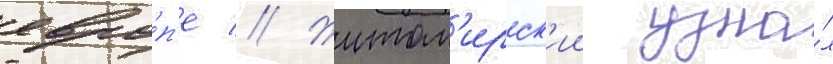
евро́п'е // Житом'ирск'ии узна́л